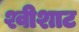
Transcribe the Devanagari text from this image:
श्वीशाट